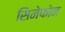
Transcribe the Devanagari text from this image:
सिनेफोन